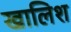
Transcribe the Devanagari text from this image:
खालिश